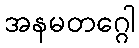
အနမတဂ္ဂေါ